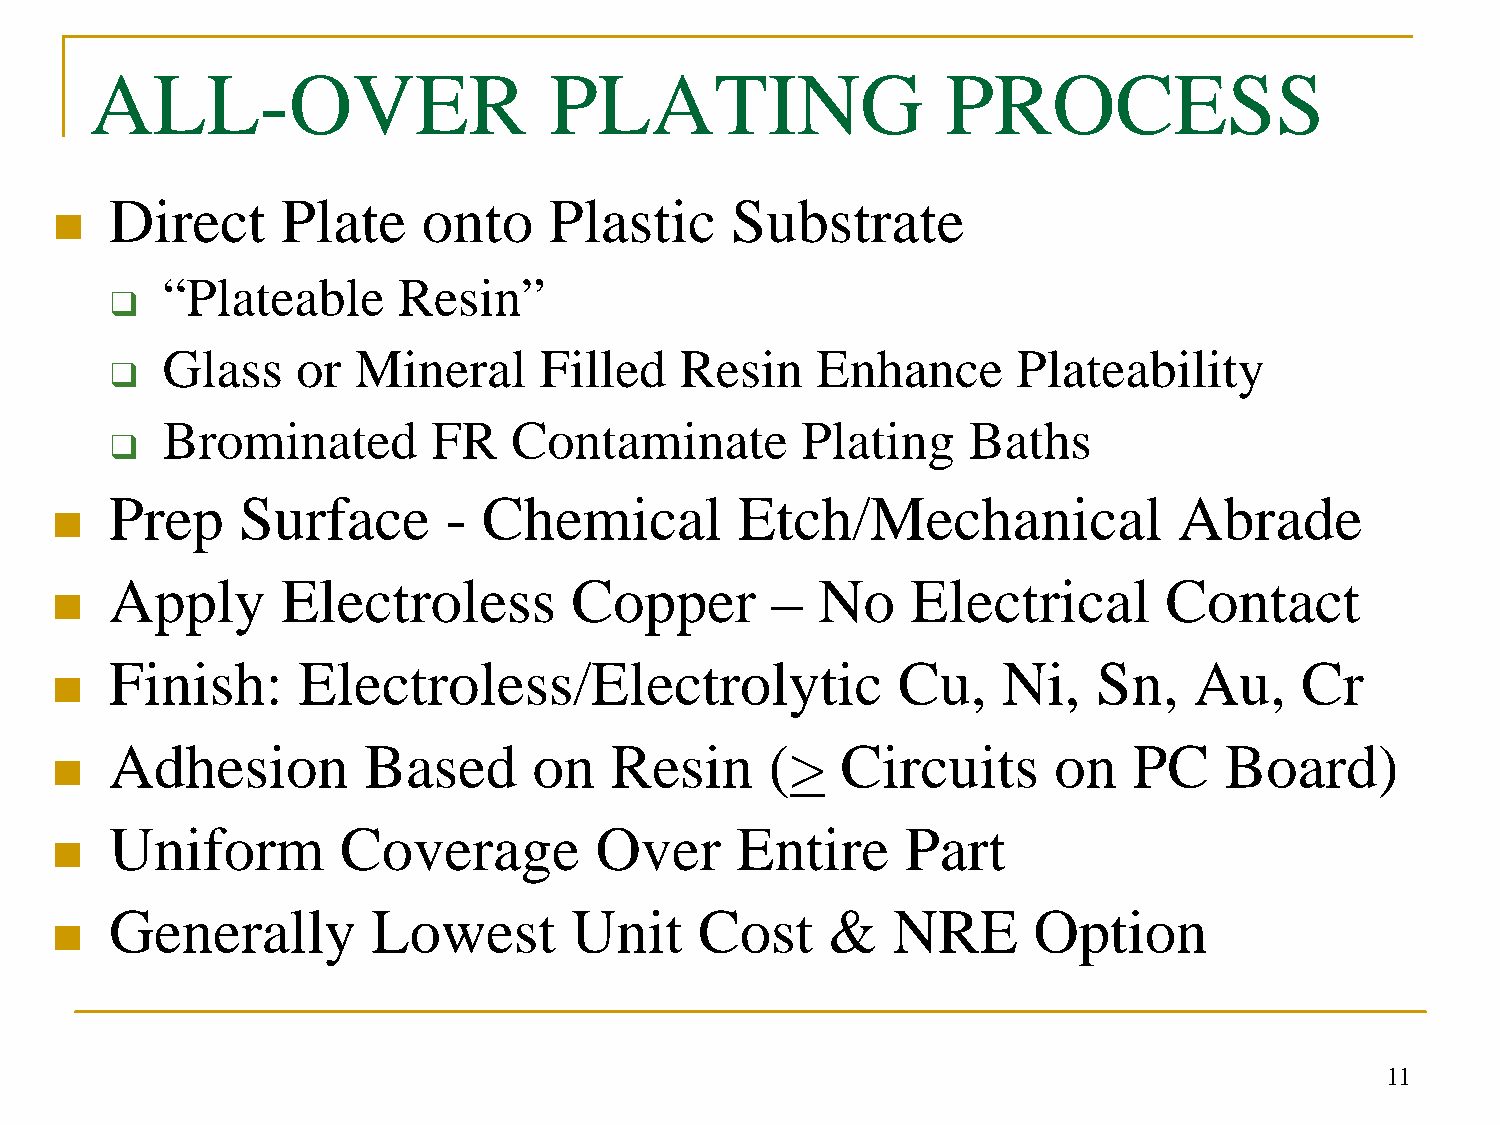
ALL-OVER                      PLATING                    PROCESS
 Direct      Plate    onto    Plastic     Substrate
 n
 “Plateable     Resin”
 q
 Glass    or Mineral      Filled   Resin    Enhance      Plateability
 q
 Brominated        FR   Contaminate        Plating    Baths
 q
 Prep     Surface      -  Chemical         Etch/Mechanical              Abrade
 n
 Apply       Electroless        Copper       –  No    Electrical       Contact
 n
 Finish:      Electroless/Electrolytic               Cu,    Ni,    Sn,   Au,    Cr
 n
 Adhesion         Based      on   Resin      (>   Circuits      on   PC    Board)
 n
 Uniform        Coverage         Over      Entire     Part
 n
 Generally         Lowest       Unit    Cost     &   NRE      Option
 n
 11